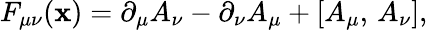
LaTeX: F_{\mu\nu}(\mathbf{x})=\partial_{\mu}A_{\nu}-\partial_{\nu}A_{\mu}+[A_{\mu},\, A_{\nu}],